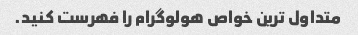
متداول ترین خواص هولوگرام را فهرست کنید.